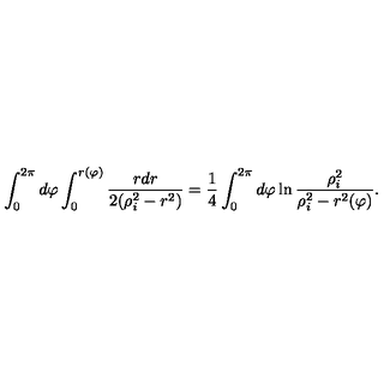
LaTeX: \int _ { 0 } ^ { 2 \pi } d \varphi \int _ { 0 } ^ { r ( \varphi ) } { \frac { r d r } { 2 ( \rho _ { i } ^ { 2 } - r ^ { 2 } ) } } = { \frac { 1 } { 4 } } \int _ { 0 } ^ { 2 \pi } d \varphi \ln { \frac { \rho _ { i } ^ { 2 } } { \rho _ { i } ^ { 2 } - r ^ { 2 } ( \varphi ) } } .